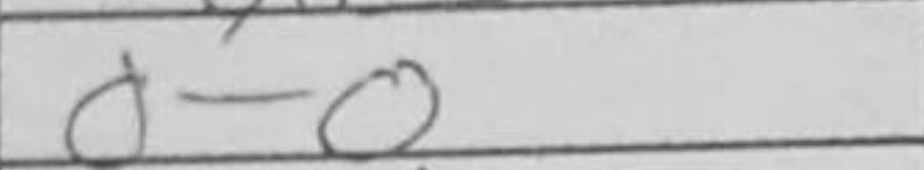
Transcription: O-O